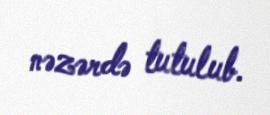
nəzərdə tutulub.